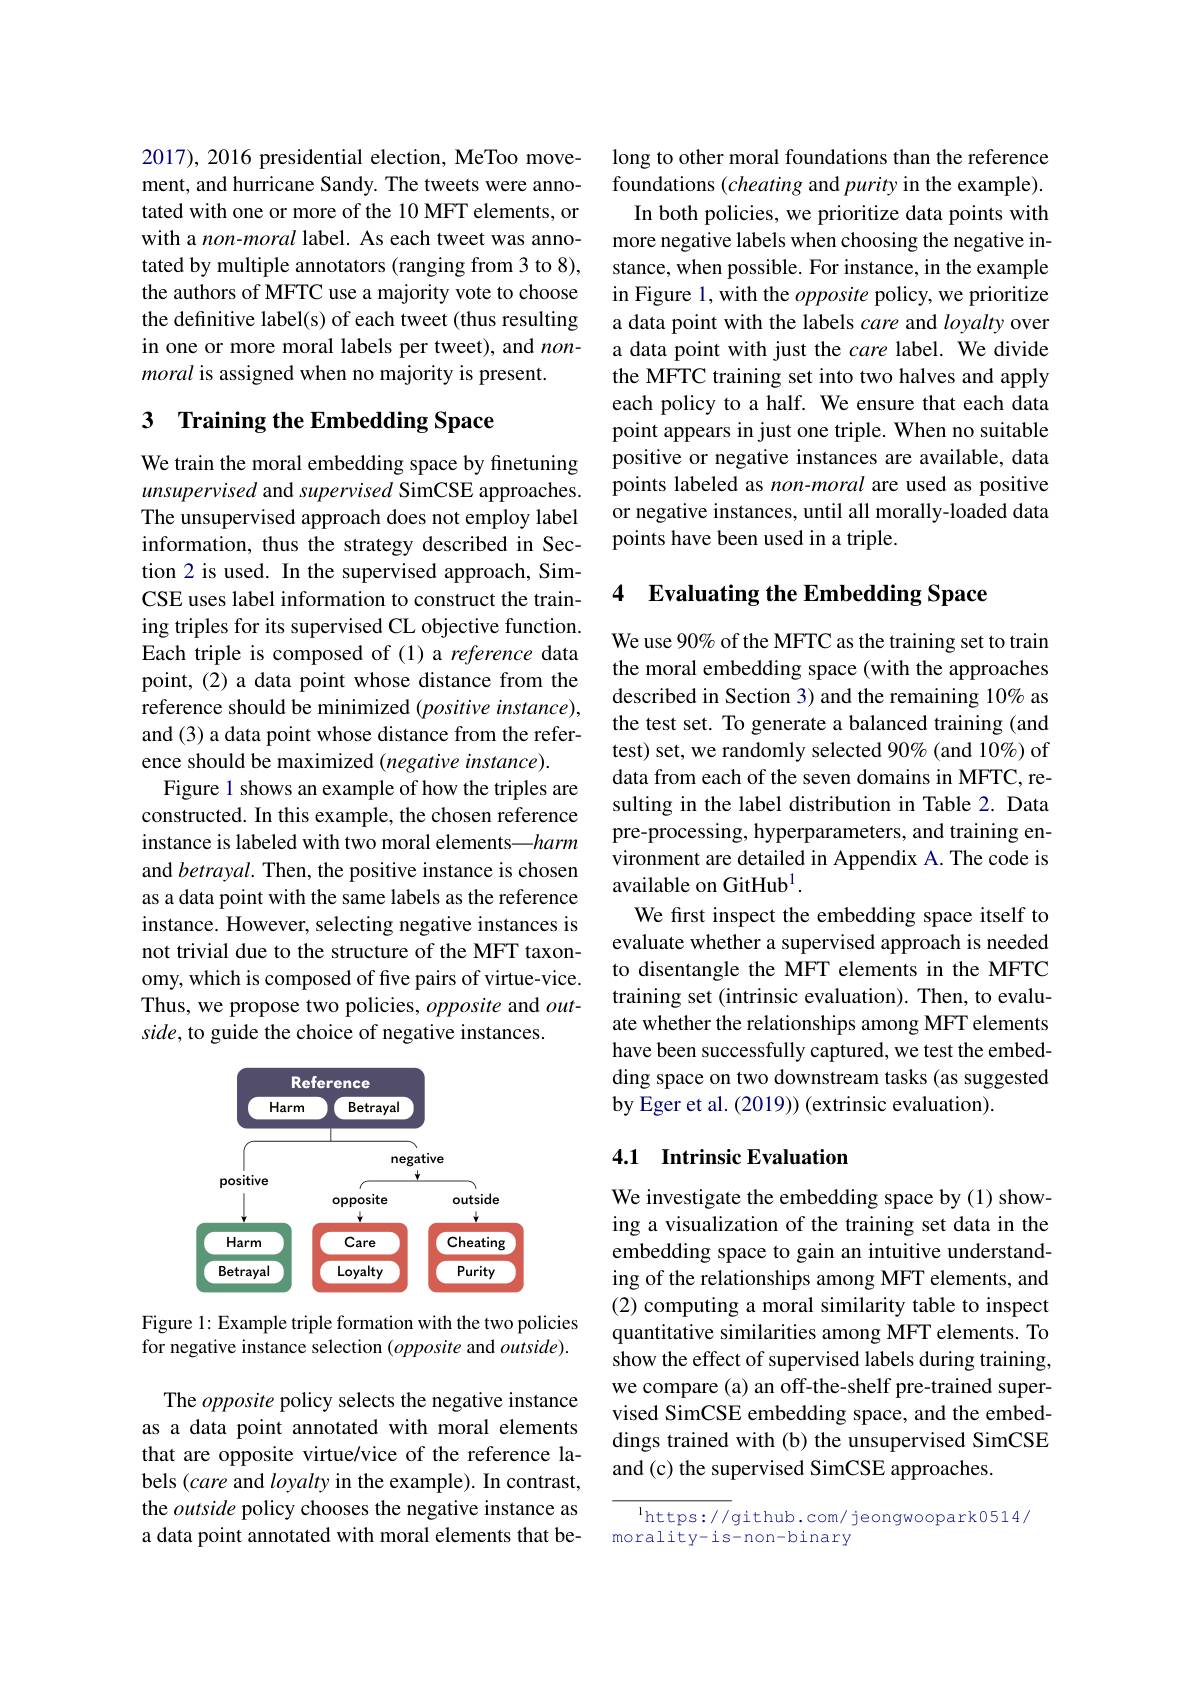
2017),2016 presidential election, MeToo movement, and hurricane Sandy. The tweets were annotated with one or more of the 10 MFT elements, or with a non-moral label. As each tweet was annotated by multiple annotators (ranging from 3 to 8), the authors of MFTC use a majority vote to choose the definitive label(s) of each tweet (thus resulting in one or more moral labels per tweet), and $non-$ moral is assigned when no majority is present.

## 3 Training the Embedding Space

We train the moral embedding space by finetuning unsupervised and supervised SimCSE approaches. The unsupervised approach does not employ label information, thus the strategy described in Section 2 is used. In the supervised approach, SimCSE uses label information to construct the training triples for its supervised CL objective function. Each triple is composed of (1) a reference data point, (2) a data point whose distance from the reference should be minimized $(positive$ instance), and (3) a data point whose distance from the reference should be maximized $(negativeinstance).$
Figure 1 shows an example of how the triples are constructed. In this example, the chosen reference instance is labeled with two moral elements—harm and betrayal. Then, the positive instance is chosen as a data point with the same labels as the reference instance. However, selecting negative instances is not trivial due to the structure of the MFT taxonomy, which is composed of five pairs of virtue-vice. Thus, we propose two policies, opposite and $out-$ side, to guide the choice of negative instances.

<FigureHere>

Figure 1: Example triple formation with the two policies for negative instance selection (opposite and $outside).$

The opposite policy selects the negative instance as a data point annotated with moral elements that are opposite virtue/vice of the reference labels (care and loyalty in the example). In contrast, the outside policy chooses the negative instance as a data point annotated with moral elements that be-

long to other moral foundations than the reference foundations (cheating and purity in the example). In both policies, we prioritize data points with more negative labels when choosing the negative instance, when possible. For instance, in the example in Figure 1, with the opposite policy, we prioritize a data point with the labels care and loyalty over a data point with just the care label. We divide the MFTC training set into two halves and apply each policy to a half. We ensure that each data point appears in just one triple. When no suitable positive or negative instances are available, data points labeled as non-moral are used as positive or negative instances, until all morally-loaded data points have been used in a triple.

### 4 Evaluating the Embedding Space

We use 90% of the MFTC as the training set to train the moral embedding space (with the approaches described in Section 3) and the remaining 10% as the test set. To generate a balanced training (and test) set, we randomly selected 90% (and 10%) of data from each of the seven domains in MFTC, resulting in the label distribution in Table 2. Data pre-processing, hyperparameters, and training environment are detailed in Appendix A. The code is available on GitHub$^{1}$
We first inspect the embedding space itself to evaluate whether a supervised approach is needed to disentangle the MFT elements in the MFTC training set (intrinsic evaluation). Then, to evaluate whether the relationships among MFT elements have been successfully captured, we test the embedding space on two downstream tasks (as suggested by Eger et al. (2019)) (extrinsic evaluation).

### 4.1 Intrinsic Evaluation

We investigate the embedding space by (1) showing a visualization of the training set data in the embedding space to gain an intuitive understanding of the relationships among MFT elements, and (2) computing a moral similarity table to inspect quantitative similarities among MFT elements. To show the effect of supervised labels during training, we compare (a) an off-the-shelf pre-trained supervised SimCSE embedding space, and the embeddings trained with (b) the unsupervised SimCSE and (c) the supervised SimCSE approaches.

$^{1}$https: / / github. com/ jeongwoopark0514/
morality-is-non-binary